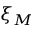
\xi _ { M }